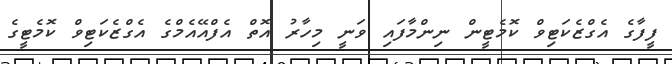
ފީފާގެ އެގްޒެކަޓިވް ކޮމެޓީން ނިންމާފައި ވަނީ މިހާރު އޮތް އެފްއޭއެމްގެ އެގްޒެކަޓިވް ކޮމެޓީގެ